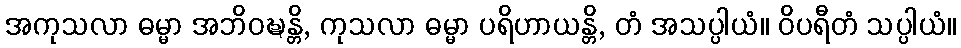
အကုသလာ ဓမ္မာ အဘိဝဍ္ဎန္တိ, ကုသလာ ဓမ္မာ ပရိဟာယန္တိ, တံ အသပ္ပါယံ။ ဝိပရီတံ သပ္ပါယံ။